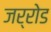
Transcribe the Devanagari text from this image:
जर्रोड